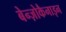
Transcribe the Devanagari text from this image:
बेन्ज़ोकैनाइन